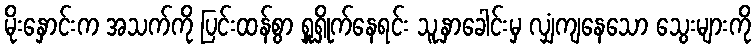
မိုးနှောင်းက အသက်ကို ပြင်းထန်စွာ ရှူရှိုက်နေရင်း သူ့နှာခေါင်းမှ လျှံကျနေသော သွေးများကို